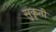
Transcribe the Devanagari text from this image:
सुकृती